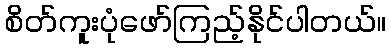
စိတ်ကူးပုံဖော်ကြည့်နိုင်ပါတယ်။